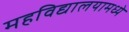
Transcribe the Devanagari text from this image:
महविद्यालयामध्ये